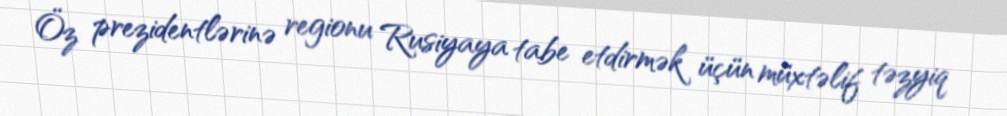
Öz prezidentlərinə regionu Rusiyaya tabe etdirmək üçün müxtəlif təzyiq